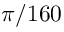
\pi / 1 6 0